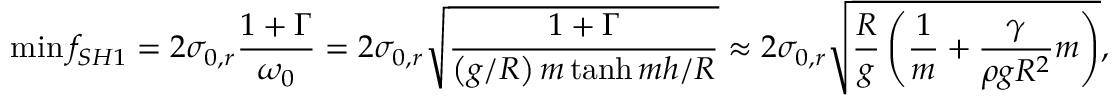
\operatorname* { m i n } { f _ { S H 1 } } = 2 \sigma _ { 0 , r } \frac { 1 + \Gamma } { \omega _ { 0 } } = 2 \sigma _ { 0 , r } \sqrt { \frac { 1 + \Gamma } { \left( g / R \right) m \operatorname { t a n h } { m h / R } } } \approx 2 \sigma _ { 0 , r } \sqrt { \frac { R } { g } \left( \frac { 1 } { m } + \frac { \gamma } { \rho g R ^ { 2 } } m \right) } ,